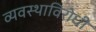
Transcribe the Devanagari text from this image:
व्यवस्थाविरोधी